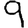
Digit: 9